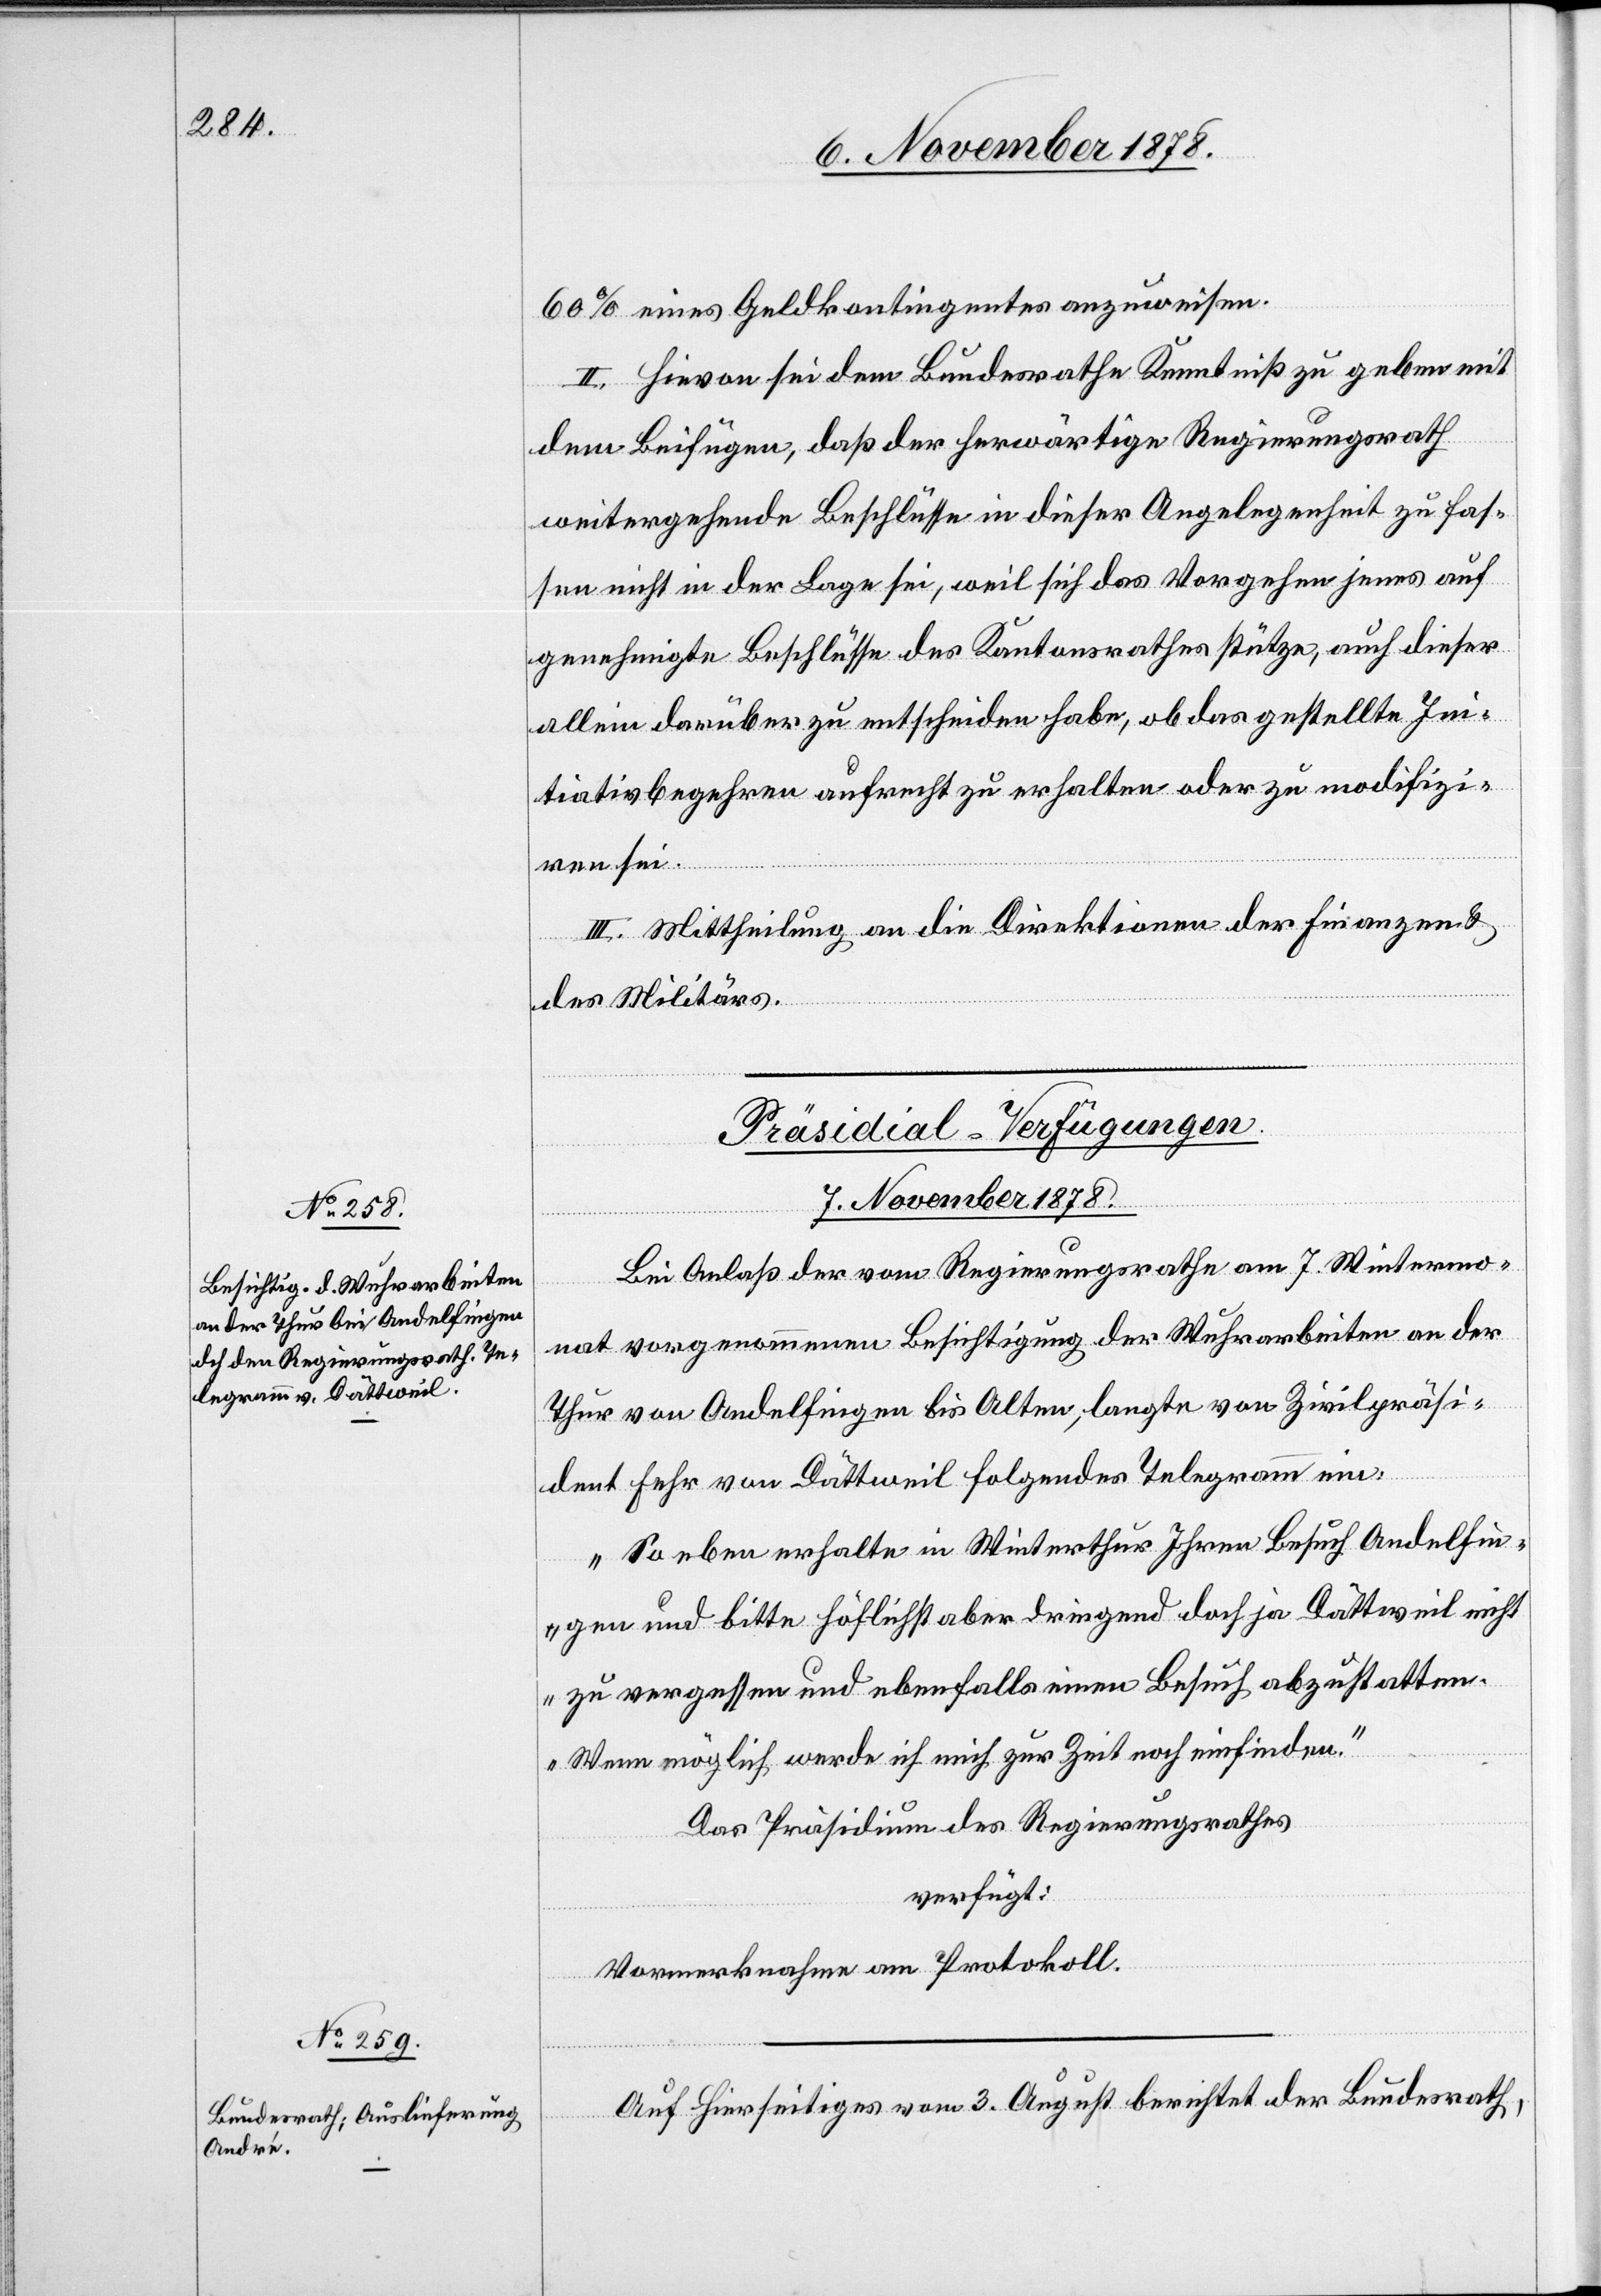
60% eines Geldkontingentes anzuweisen.
II. Hievon sei dem Bundesrathe Kenntniß zu geben mit
dem Beifügen, daß der herwärtige Regierungsrath
weitergehende Beschlüsse in dieser Angelegenheit zu fas¬
sen nicht in der Lage sei, weil sich das Vorgehen jenes auf
genehmigte Beschlüsse des Kantonsrathes stütze, auch dieser
allein darüber zu entscheiden habe, ob das gestellte Ini¬
tiativbegehren aufrecht zu erhalten oder zu modifizi¬
ren sei.
III. Mittheilung an die Direktionen der Finanzen &
des Militärs.
[Präsidial-Verfügungen.
7. November 1878.]
Bei Anlaß der vom Regierungsrathe am 7. Wintermo¬
nat vorgenommenen Besichtigung der Wuhrarbeiten an der
Thur von Andelfingen bis Alten, langte von Zivilpräsi¬
dent Fehr von Dättweil folgendes Telegramm ein.
„Soeben erhalte in Winterthur Ihren Besuch Andelfin¬
gen und bitte höflichst aber dringend doch ja Dättweil nicht
zu vergessen und ebenfalls einen Besuch abzustatten.
Wenn möglich werde ich mich zur Zeit noch einfinden.“
Das Präsidium des Regierungsrathes
verfügt:
Vormerknahme am Protokoll.
Auf Hierseitiges vom 3. August berichtet der Bundesrath,